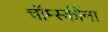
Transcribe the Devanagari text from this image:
चॉम्स्कींना